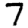
Digit: 7